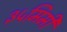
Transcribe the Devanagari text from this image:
३५मिमी